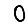
Digit: 0